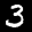
Label: 3